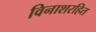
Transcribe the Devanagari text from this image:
विनाशरहित